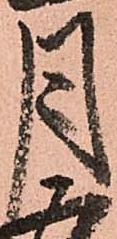
月